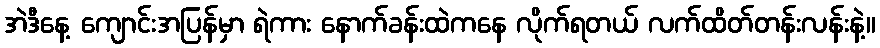
အဲဒီနေ့ ကျောင်းအပြန်မှာ ရဲကား နောက်ခန်းထဲကနေ လိုက်ရတယ် လက်ထိတ်တန်းလန်းနဲ့။